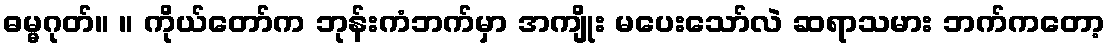
ဓမ္မဂုတ်။ ။ ကိုယ်တော်က ဘုန်းကံဘက်မှာ အကျိုး မပေးသော်လဲ ဆရာသမား ဘက်ကတော့